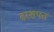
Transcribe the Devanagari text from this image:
बरशपत